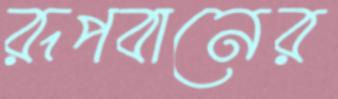
রূপবানের